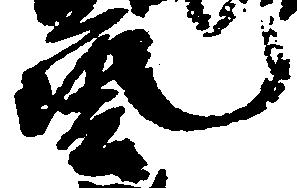
芸